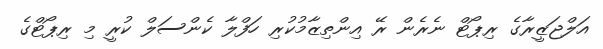
އަލްޖަޒީރާގެ ރިޕޯޓް ނެރެން ރޭ އިންތިޒާމުކުރި ހަފްލާ ކެންސަލް ކުރީ މި ރިޕޯޓްގެ